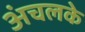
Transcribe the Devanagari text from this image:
अंचलके